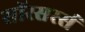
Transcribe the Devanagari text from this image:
सॉरसरर्स